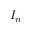
I _ { n }